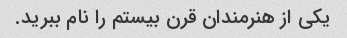
یکی از هنرمندان قرن بیستم را نام ببرید.